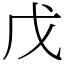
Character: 戊